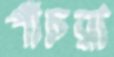
পাঁচরা